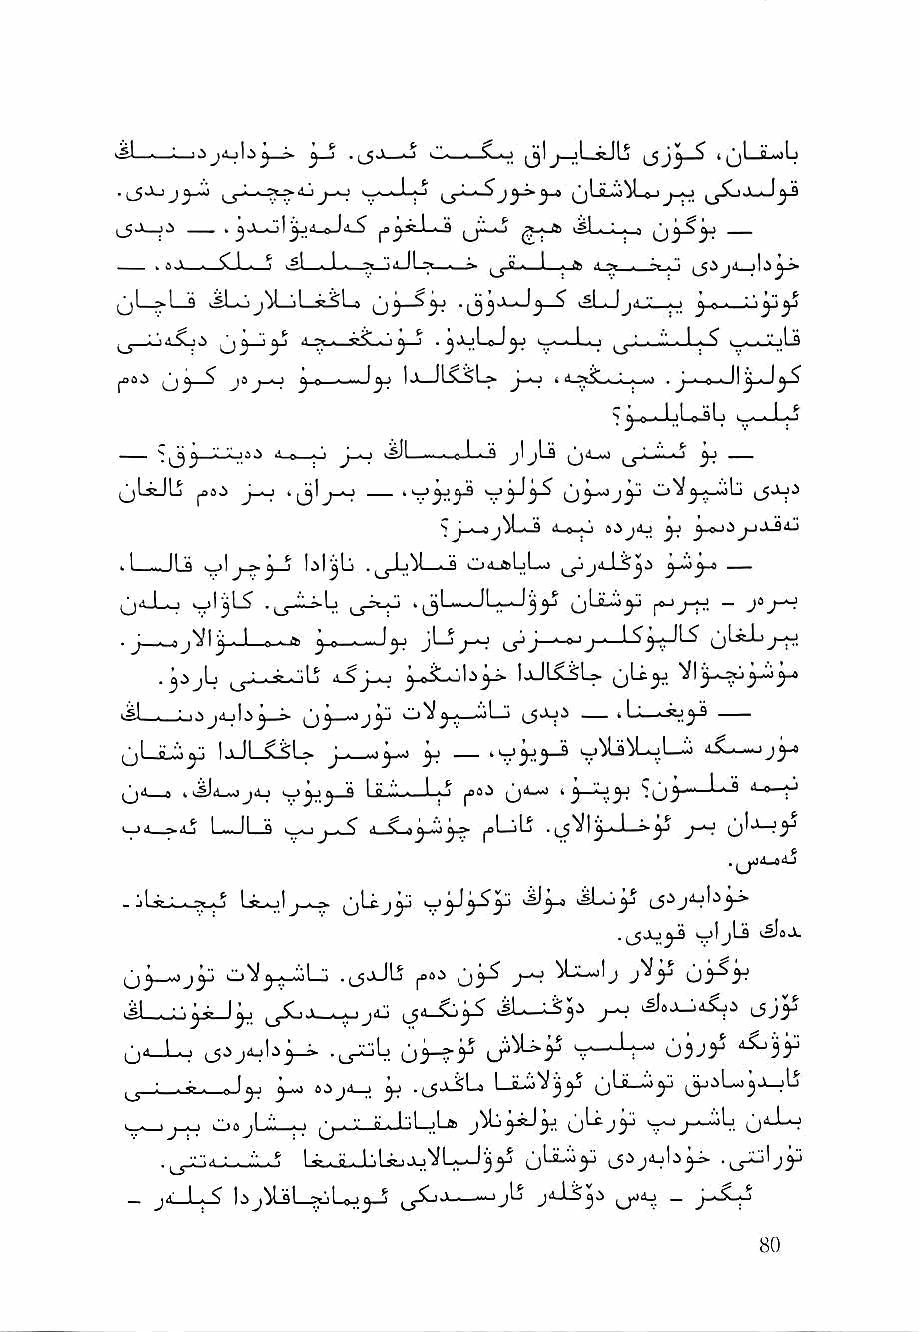
1^1 I               I  n ^ n ; jL-rJIj 4(jLjL,)lj
 ^   1 ^4.^J     ^Vi.o      ^
 % t'X * i.\ * ^ * 1 ^ > >aJI •> ■■_> Q « I I fri A
 <5LaU    6 ^ ^ ^y> » ^ j JoJ ^ tS| . ^ jA '' - » ^ - ! \^'>^
 ^ :\ a C 1 \  ^  ^ . j—j . ^AjLoJ^ * Lo ^ ' - f' . I ^^
 |A0<^ ^ ^ ^ jS ^ D - - ^ J * Kv )l5l^L> t d_>^L«>^wiO .^11*
 ^e.n 1 iL^^Lj Iw'—'-^L-^i
 A ^ .', v^L iM ..e.! ' ^ ,^Lm■■ >^ ^
 oLiJL^  ^  4 ^^1   44j^eyJ         oV^.*_loLj
 s j ,•, j jVii' <l,oii.^i a^ jd^ yj yt^
 . 1 II '4 >jl J^'yji fil^L) ^ I 'M -a Ci4J»LL-j ^j4_ljS^i ~~
 ,j4_Lo 4jl^l5 .j_j-.^L ,_s-=<-H •ijl-~-^W^jy yjy- ~ J°J~^
 ■ j ,,■-,0j*^! j-J o-~j» ^ ^yi jLjj-o ijjj i* »'j-i—
 . ^ijL          ^_o^Lol.i^-> ljJLsliL» jjLc^
 tsl . : f j* ^j ^ 0^ "'Jj"' ^    4 L«iI ■■ ~
 (jl-JLi^ (jJLXSL> j-.—)^ yj —        ^ iS-s-^jyA
 jji » 44^.J_-jj4j '^'yjy^ UL.:.'.->—1 4* jjai ^j""—' ^ yyy ^ 4_0_^
 1__J1_3           |4>LjLj      y-; (j'-^>^
 - jLssJ_k.s*-o Lst_oiy-^ jjLtj^ ^'yJ y'Syj kSLo^ L5'^J^''^j>^
 o'il^.^Li .(JjJlj fBOi ij'y^ J—f J^'y U5-^y
 iL_:JyeJy       ji3      ilL—   yJ        ijj^
 jjd-l^        .^L  uWy        V-"' ;"' ovr
 y  6:>jd^ yi .(jxSL LjU'^3y^ u'^r
 . . . . . .O -,Aa j.1L .Vt., .• 1I ^•j. -U•:- C0 -. JLjLiL^iLLfftt JiV^jy »^iJy dftj ,(',jLLcc 1jy^ ._>j _a_.jL I0'l'd'--'L-^o
 _ j4_L_5 bjUiL^Uj^               ^ydj _ y^y